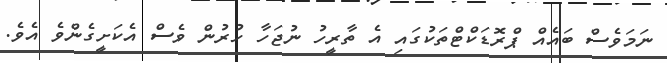
ނަމަވެސް ބައެއް ޕްރޮޑަކްޓްތަކުގައި އެ ތާރީހު ނުޖަހާ ހުރުން ވެސް އެކަށީގެންވެ އެވެ.